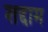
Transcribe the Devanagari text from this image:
शद्दाम